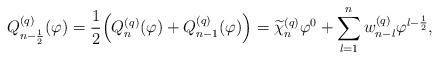
LaTeX: \begin{align*} Q_{n-\frac{1}{2}}^{(q)}(\varphi) &= \frac{1}{2}\Big( Q_{n}^{(q)}(\varphi) + Q_{n-1}^{(q)}(\varphi) \Big) = \widetilde{\chi}_n^{(q)} \varphi^0 + \sum\limits_{l=1}^{n} w_{n-l}^{(q)} \varphi^{l-\frac{1}{2}}, \end{align*}